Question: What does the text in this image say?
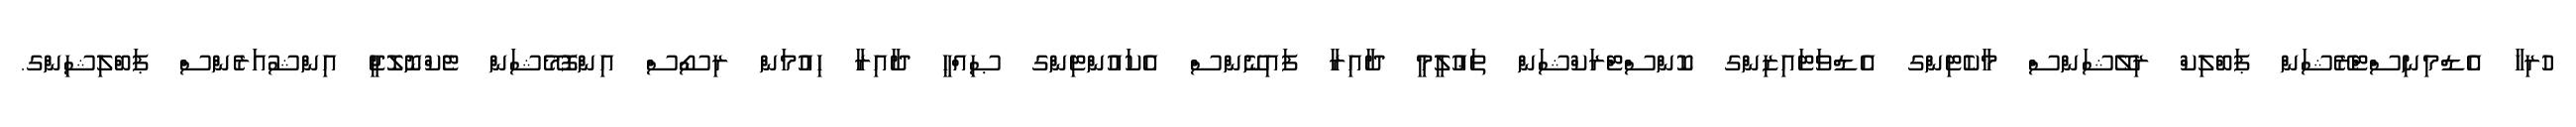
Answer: ހުރިހާ އެޑްމިނިސްޓްރޭޝަން ޕަބްލިކް ރިލޭޝަންސް މާކެޓިންގ އެޑްވަޓައިޒިންގ ކޮންސްޓްރަކްޝަން ތަޢުލީމީ ދާއިރާ ފައިނޭންސް އެކައުންޓިންގ ޞިއްޙީ ދާއިރާ ހިއުމަން ރިސޯސް އިންފޮމޭޝަން ޓެކްނޮލޮޖީ އިންޝުއަރެންސް ޕަބްލިޝިންގ.